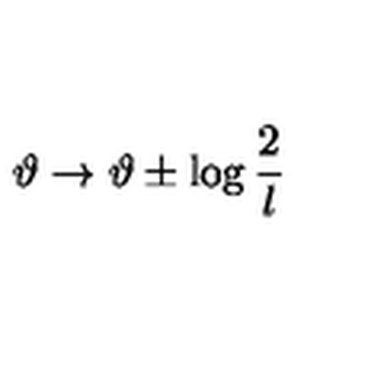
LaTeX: \vartheta \rightarrow \vartheta \pm \log \frac { 2 } { l }